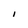
Character: l